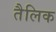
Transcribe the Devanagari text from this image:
तैलिक